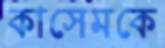
কাসেমকে